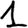
Digit: 1